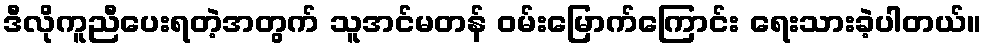
ဒီလိုကူညီပေးရတဲ့အတွက် သူအင်မတန် ဝမ်းမြောက်ကြောင်း ရေးသားခဲ့ပါတယ်။